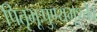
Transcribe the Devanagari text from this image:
पितृभूःपुण्यभूश्चैव